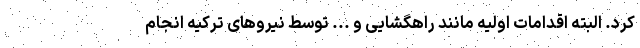
کرد. البته اقدامات اولیه مانند راهگشایی و ... توسط نیروهای ترکیه انجام